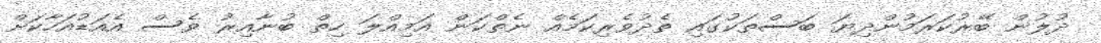
ދުލުން ބޭރުކަރަމުންދިޔަ ބަސްތަކުގައި ތެދުވެރިކަމެއް ނެތްކަން އަމިއްލަ ހިތް ބުނާއިރު ވެސް އެއަޑުއަހާކަށް